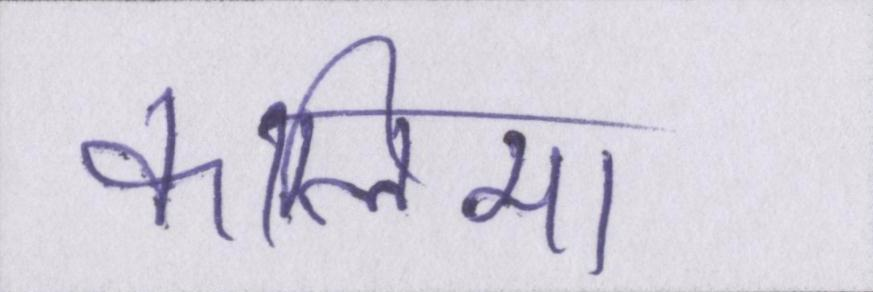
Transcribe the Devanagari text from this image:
कालिमा